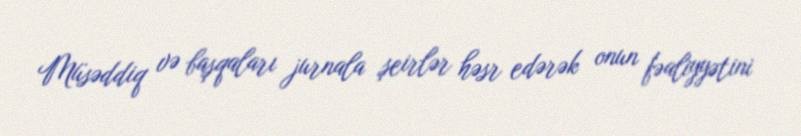
Müsəddiq və başqaları jurnala şeirlər həsr edərək onun fəaliyyətini